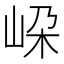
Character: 𡶲